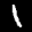
Label: 1